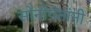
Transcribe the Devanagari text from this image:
सोनोपंतांनी